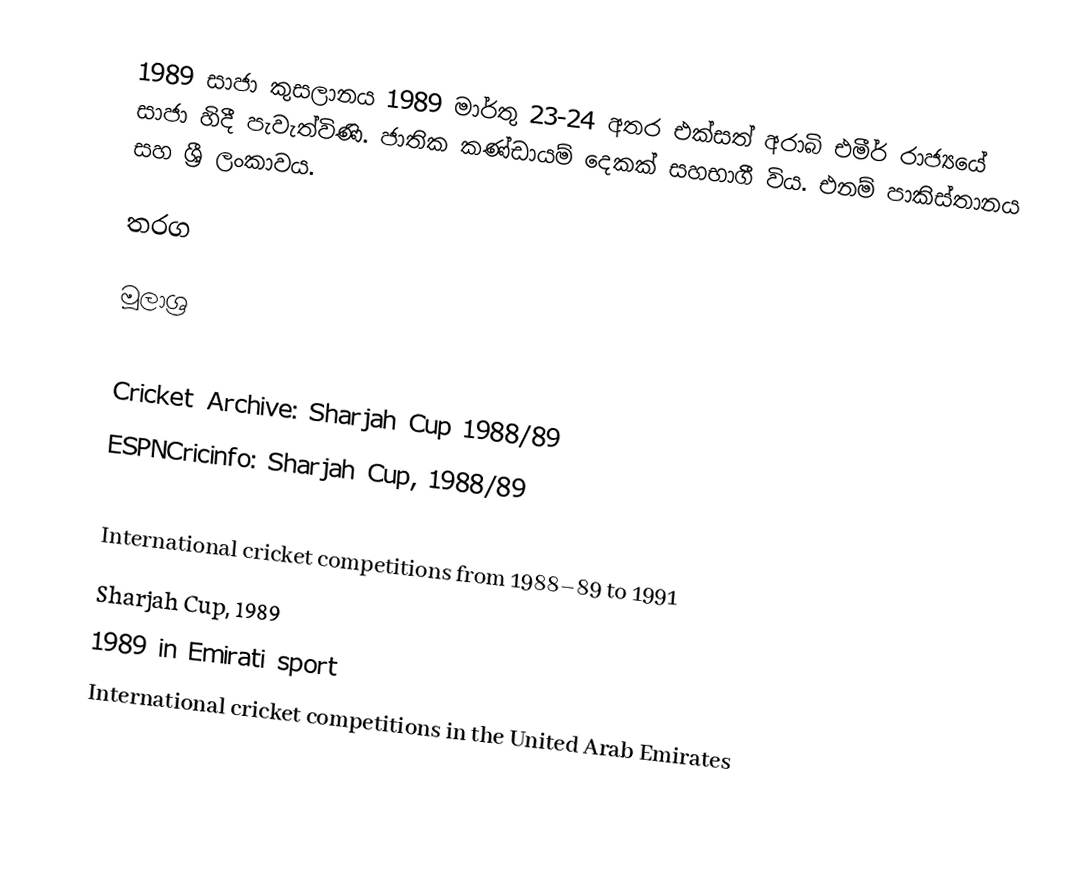
1989 සාජා කුසලානය 1989 මාර්තු 23-24 අතර එක්සත් අරාබි එමීර් රාජ්‍යයේ සාජා හිදී පැවැත්විණි. ජාතික කණ්ඩායම් දෙකක් සහභාගී විය. එනම් පාකිස්තානය සහ ශ්‍රී ලංකාවය.

තරග

මූලාශ්‍ර

 Cricket Archive: Sharjah Cup 1988/89
 ESPNCricinfo: Sharjah Cup, 1988/89

International cricket competitions from 1988–89 to 1991
Sharjah Cup, 1989
1989 in Emirati sport
International cricket competitions in the United Arab Emirates